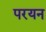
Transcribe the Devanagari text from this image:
परयन